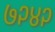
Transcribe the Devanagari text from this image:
७२४२